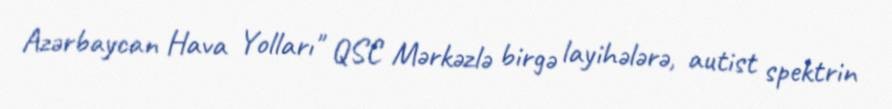
Azərbaycan Hava Yolları" QSC Mərkəzlə birgə layihələrə, autist spektrin